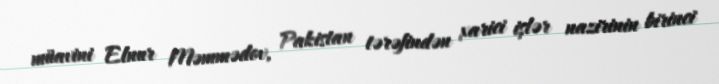
müavini Elnur Məmmədov, Pakistan tərəfindən xarici işlər nazirinin birinci